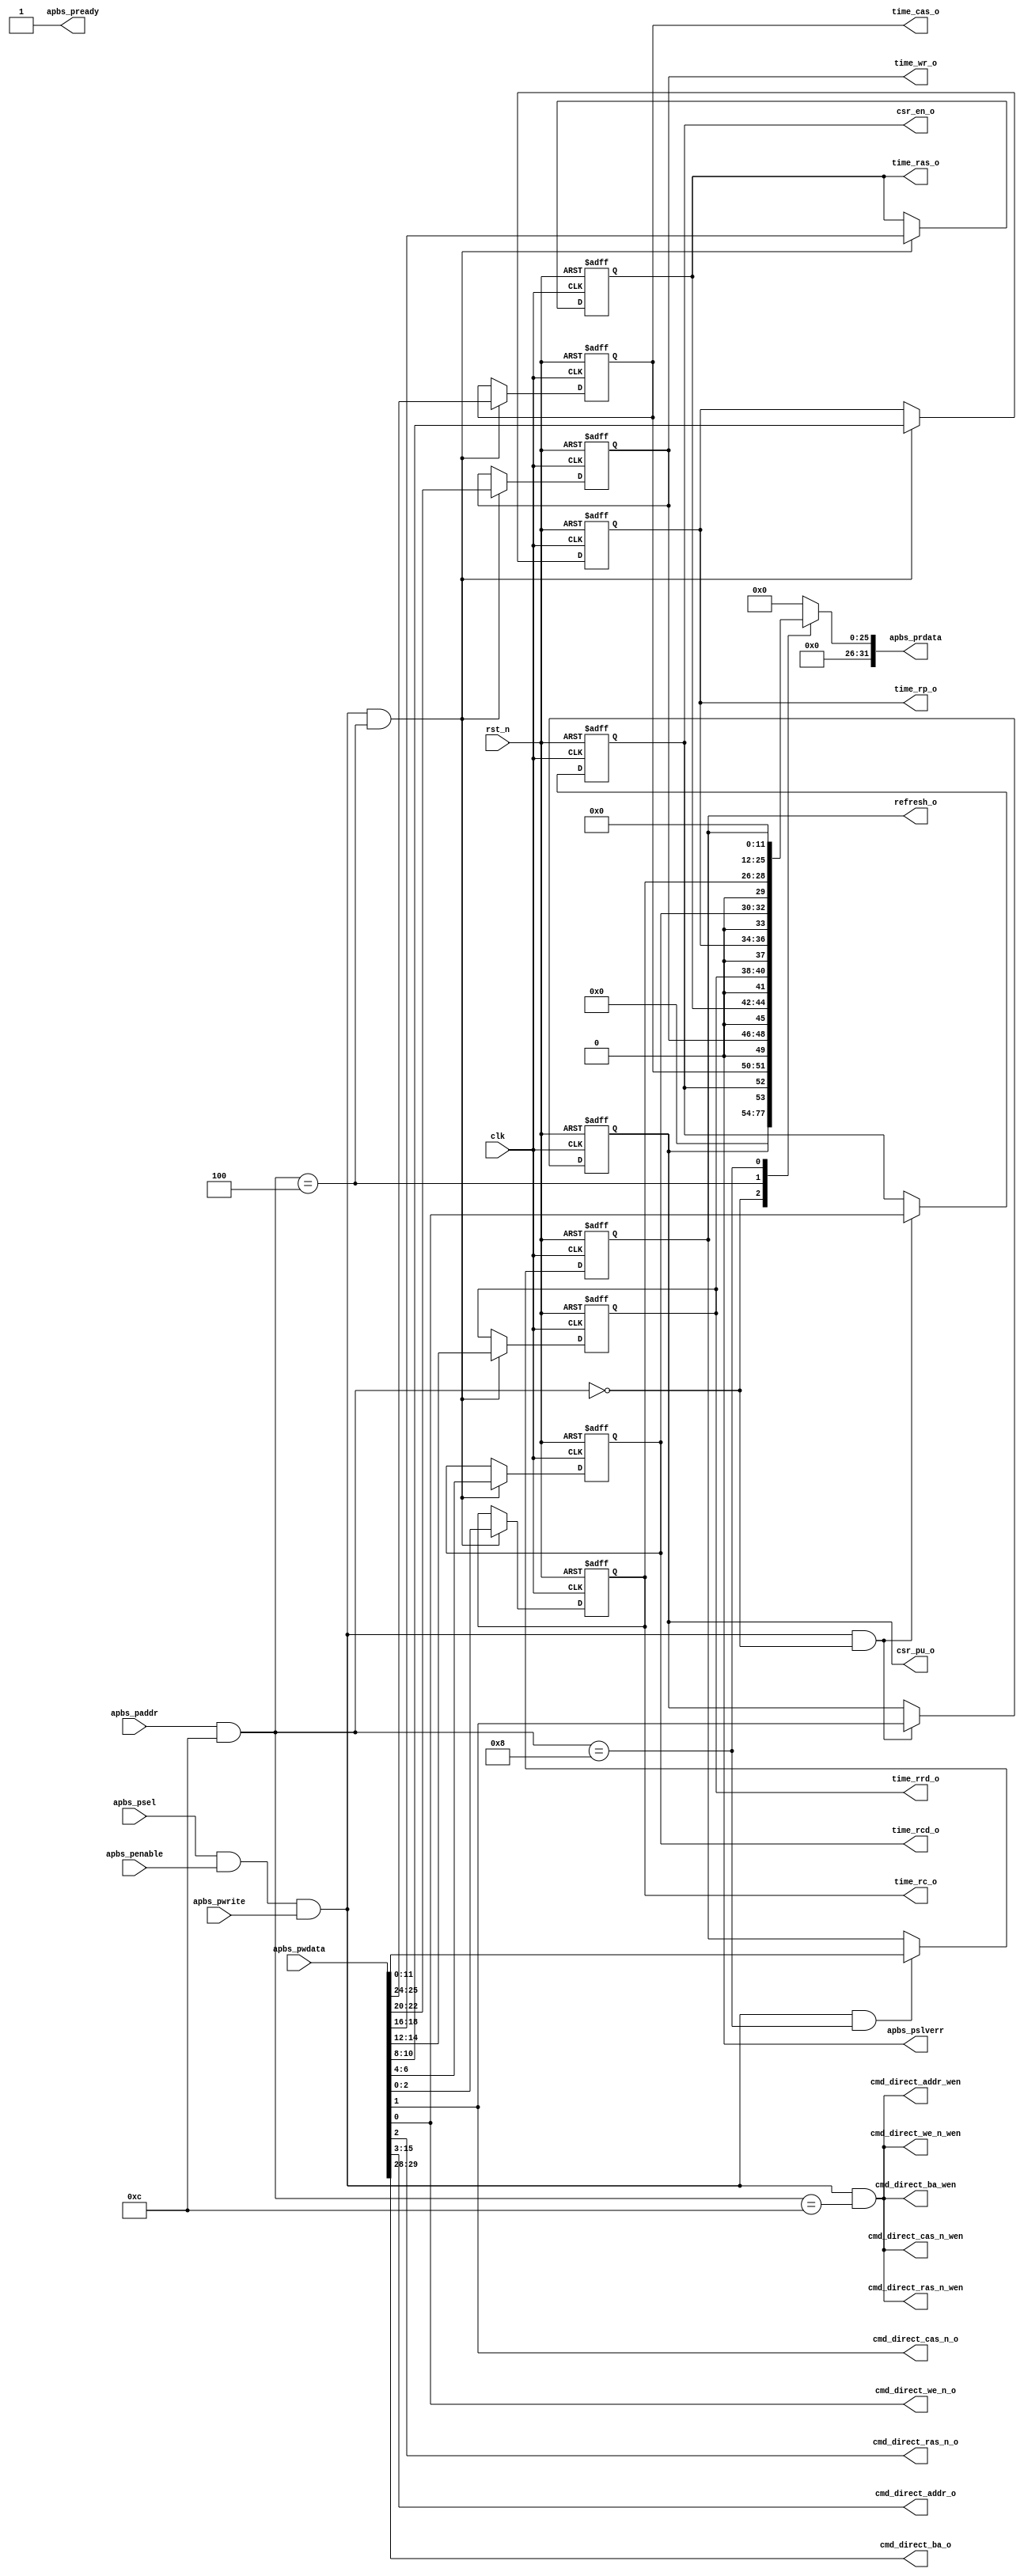
/*******************************************************************************
*                          AUTOGENERATED BY REGBLOCK                           *
*                            Do not edit manually.                             *
*          Edit the source file (or regblock utility) and regenerate.          *
*******************************************************************************/

// Block name           : sdram
// Bus type             : apb
// Bus data width       : 32
// Bus address width    : 16

module sdram_regs (
	input wire clk,
	input wire rst_n,
	
	// APB Port
	input wire apbs_psel,
	input wire apbs_penable,
	input wire apbs_pwrite,
	input wire [15:0] apbs_paddr,
	input wire [31:0] apbs_pwdata,
	output wire [31:0] apbs_prdata,
	output wire apbs_pready,
	output wire apbs_pslverr,
	
	// Register interfaces
	output reg  csr_en_o,
	output reg  csr_pu_o,
	output reg [2:0] time_rc_o,
	output reg [2:0] time_rcd_o,
	output reg [2:0] time_rp_o,
	output reg [2:0] time_rrd_o,
	output reg [2:0] time_ras_o,
	output reg [2:0] time_wr_o,
	output reg [1:0] time_cas_o,
	output reg [11:0] refresh_o,
	output reg  cmd_direct_we_n_o,
	output reg cmd_direct_we_n_wen,
	output reg  cmd_direct_cas_n_o,
	output reg cmd_direct_cas_n_wen,
	output reg  cmd_direct_ras_n_o,
	output reg cmd_direct_ras_n_wen,
	output reg [12:0] cmd_direct_addr_o,
	output reg cmd_direct_addr_wen,
	output reg [1:0] cmd_direct_ba_o,
	output reg cmd_direct_ba_wen
);

// APB adapter
wire [31:0] wdata = apbs_pwdata;
reg [31:0] rdata;
wire wen = apbs_psel && apbs_penable && apbs_pwrite;
wire ren = apbs_psel && apbs_penable && !apbs_pwrite;
wire [15:0] addr = apbs_paddr & 16'hc;
assign apbs_prdata = rdata;
assign apbs_pready = 1'b1;
assign apbs_pslverr = 1'b0;

localparam ADDR_CSR = 0;
localparam ADDR_TIME = 4;
localparam ADDR_REFRESH = 8;
localparam ADDR_CMD_DIRECT = 12;

wire __csr_wen = wen && addr == ADDR_CSR;
wire __csr_ren = ren && addr == ADDR_CSR;
wire __time_wen = wen && addr == ADDR_TIME;
wire __time_ren = ren && addr == ADDR_TIME;
wire __refresh_wen = wen && addr == ADDR_REFRESH;
wire __refresh_ren = ren && addr == ADDR_REFRESH;
wire __cmd_direct_wen = wen && addr == ADDR_CMD_DIRECT;
wire __cmd_direct_ren = ren && addr == ADDR_CMD_DIRECT;

wire  csr_en_wdata = wdata[0];
wire  csr_en_rdata;
wire  csr_pu_wdata = wdata[1];
wire  csr_pu_rdata;
wire [31:0] __csr_rdata = {30'h0, csr_pu_rdata, csr_en_rdata};
assign csr_en_rdata = csr_en_o;
assign csr_pu_rdata = csr_pu_o;

wire [2:0] time_rc_wdata = wdata[2:0];
wire [2:0] time_rc_rdata;
wire [2:0] time_rcd_wdata = wdata[6:4];
wire [2:0] time_rcd_rdata;
wire [2:0] time_rp_wdata = wdata[10:8];
wire [2:0] time_rp_rdata;
wire [2:0] time_rrd_wdata = wdata[14:12];
wire [2:0] time_rrd_rdata;
wire [2:0] time_ras_wdata = wdata[18:16];
wire [2:0] time_ras_rdata;
wire [2:0] time_wr_wdata = wdata[22:20];
wire [2:0] time_wr_rdata;
wire [1:0] time_cas_wdata = wdata[25:24];
wire [1:0] time_cas_rdata;
wire [31:0] __time_rdata = {6'h0, time_cas_rdata, 1'h0, time_wr_rdata, 1'h0, time_ras_rdata, 1'h0, time_rrd_rdata, 1'h0, time_rp_rdata, 1'h0, time_rcd_rdata, 1'h0, time_rc_rdata};
assign time_rc_rdata = time_rc_o;
assign time_rcd_rdata = time_rcd_o;
assign time_rp_rdata = time_rp_o;
assign time_rrd_rdata = time_rrd_o;
assign time_ras_rdata = time_ras_o;
assign time_wr_rdata = time_wr_o;
assign time_cas_rdata = time_cas_o;

wire [11:0] refresh_wdata = wdata[11:0];
wire [11:0] refresh_rdata;
wire [31:0] __refresh_rdata = {20'h0, refresh_rdata};
assign refresh_rdata = refresh_o;

wire  cmd_direct_we_n_wdata = wdata[0];
wire  cmd_direct_we_n_rdata;
wire  cmd_direct_cas_n_wdata = wdata[1];
wire  cmd_direct_cas_n_rdata;
wire  cmd_direct_ras_n_wdata = wdata[2];
wire  cmd_direct_ras_n_rdata;
wire [12:0] cmd_direct_addr_wdata = wdata[15:3];
wire [12:0] cmd_direct_addr_rdata;
wire [1:0] cmd_direct_ba_wdata = wdata[29:28];
wire [1:0] cmd_direct_ba_rdata;
wire [31:0] __cmd_direct_rdata = {2'h0, cmd_direct_ba_rdata, 12'h0, cmd_direct_addr_rdata, cmd_direct_ras_n_rdata, cmd_direct_cas_n_rdata, cmd_direct_we_n_rdata};
assign cmd_direct_we_n_rdata = 1'h0;
assign cmd_direct_cas_n_rdata = 1'h0;
assign cmd_direct_ras_n_rdata = 1'h0;
assign cmd_direct_addr_rdata = 13'h0;
assign cmd_direct_ba_rdata = 2'h0;

always @ (*) begin
	case (addr)
		ADDR_CSR: rdata = __csr_rdata;
		ADDR_TIME: rdata = __time_rdata;
		ADDR_REFRESH: rdata = __refresh_rdata;
		ADDR_CMD_DIRECT: rdata = __cmd_direct_rdata;
		default: rdata = 32'h0;
	endcase
	cmd_direct_we_n_wen = __cmd_direct_wen;
	cmd_direct_we_n_o = cmd_direct_we_n_wdata;
	cmd_direct_cas_n_wen = __cmd_direct_wen;
	cmd_direct_cas_n_o = cmd_direct_cas_n_wdata;
	cmd_direct_ras_n_wen = __cmd_direct_wen;
	cmd_direct_ras_n_o = cmd_direct_ras_n_wdata;
	cmd_direct_addr_wen = __cmd_direct_wen;
	cmd_direct_addr_o = cmd_direct_addr_wdata;
	cmd_direct_ba_wen = __cmd_direct_wen;
	cmd_direct_ba_o = cmd_direct_ba_wdata;
end

always @ (posedge clk or negedge rst_n) begin
	if (!rst_n) begin
		csr_en_o <= 1'h0;
		csr_pu_o <= 1'h0;
		time_rc_o <= 3'h0;
		time_rcd_o <= 3'h0;
		time_rp_o <= 3'h0;
		time_rrd_o <= 3'h0;
		time_ras_o <= 3'h0;
		time_wr_o <= 3'h0;
		time_cas_o <= 2'h0;
		refresh_o <= 12'h0;
	end else begin
		if (__csr_wen)
			csr_en_o <= csr_en_wdata;
		if (__csr_wen)
			csr_pu_o <= csr_pu_wdata;
		if (__time_wen)
			time_rc_o <= time_rc_wdata;
		if (__time_wen)
			time_rcd_o <= time_rcd_wdata;
		if (__time_wen)
			time_rp_o <= time_rp_wdata;
		if (__time_wen)
			time_rrd_o <= time_rrd_wdata;
		if (__time_wen)
			time_ras_o <= time_ras_wdata;
		if (__time_wen)
			time_wr_o <= time_wr_wdata;
		if (__time_wen)
			time_cas_o <= time_cas_wdata;
		if (__refresh_wen)
			refresh_o <= refresh_wdata;
	end
end

endmodule